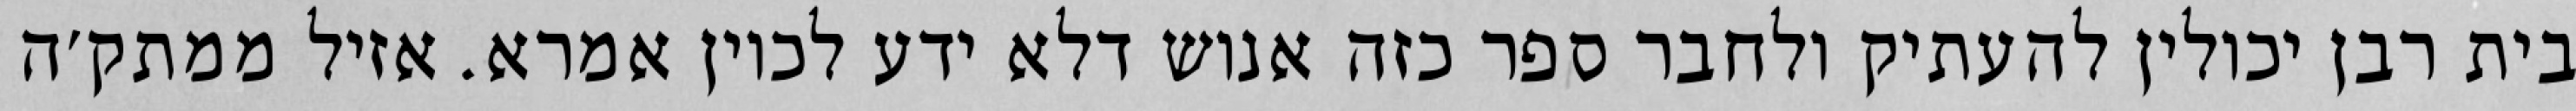
בית רבן יכולין להעתיק ולחבר ספר כזה אנוש דלא ידע לכוין אמרא. אזיל ממתק׳ה